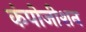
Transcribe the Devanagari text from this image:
कंपोजीशन